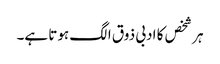
ہر شخص کا ادبی ذوق الگ ہوتا ہے۔